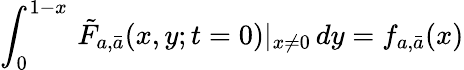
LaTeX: \int_{0}^{1-x}\, \tilde{F}_{a,\bar{a}}(x,y;t=0)|_{x\neq 0}\, dy=f_{a,\bar{a}}(x)